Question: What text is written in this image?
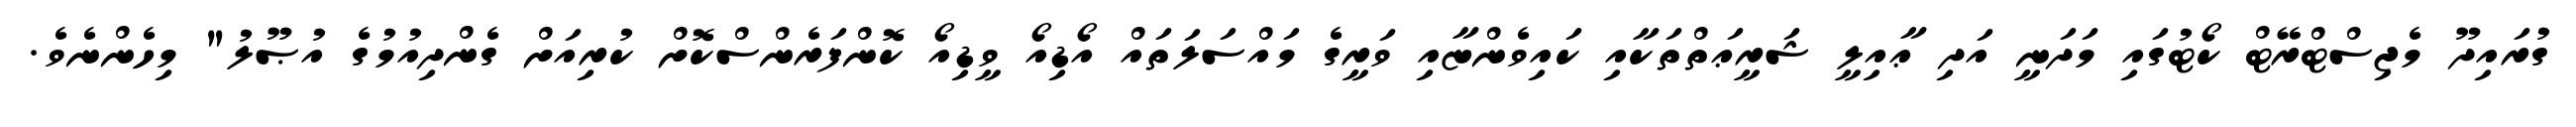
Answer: ގުރައިދޫ މެޖިސްޓްރޭޓް ކޯޓުގައި މަދަނީ އަދި ޢާއިލީ ޝަރީޢަތްތަކާއި ކައިވެންޏާއި ވަރީގެ މައްސަލަތައް އޯޑިއޯ ވީޑިއޯ ކޮންފަރެންސްކޮށް ކުރިއަށް ގެންދިއުމުގެ އުޞޫލު" މިހެންނެވެ.